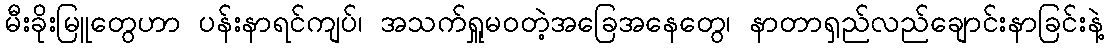
မီးခိုးမြူတွေဟာ ပန်းနာရင်ကျပ်၊ အသက်ရှူမဝတဲ့အခြေအနေတွေ၊ နာတာရှည်လည်ချောင်းနာခြင်းနဲ့